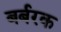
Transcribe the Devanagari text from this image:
बर्बरक